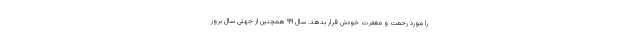
را مورد رحمت و مغفرت خودش قرار بدهد. سال ۹۹ همچنین از جهتی سال بُروز